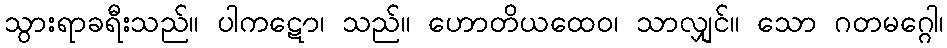
သွားရာခရီးသည်။ ပါကဋော၊ သည်။ ဟောတိယထေဝ၊ သာလျှင်။ သော ဂတမဂ္ဂေါ၊